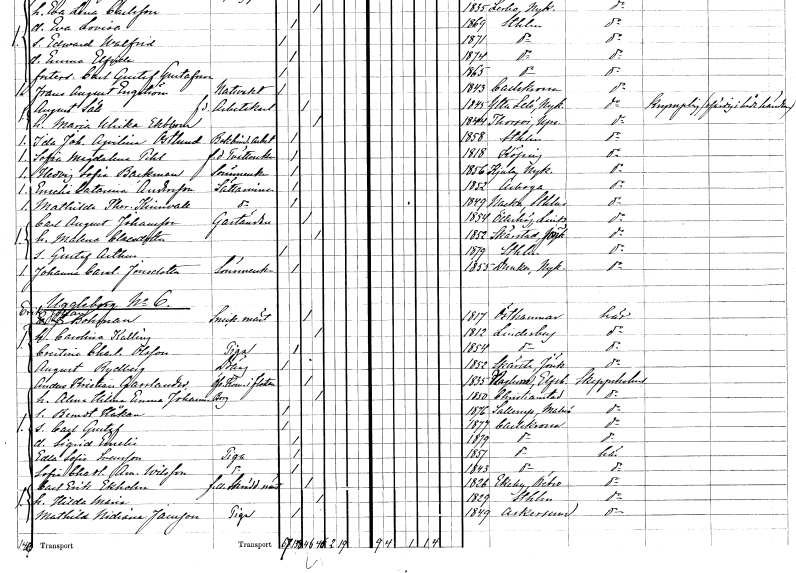
gt_parse: households: individuals: FN: Sofia Magdalena
EN: Pihl
YRKE: Tvätterska f.d.
KON: K
CIV: O
FODAR: 1818
FODFORS: Köping Västmanlands län
FN: Hedvig Sofia
EN: Backman
YRKE: Sömmerska
KON: K
CIV: O
FODAR: 1856
FODFORS: Kjula Södermanlands län
FN: Emelia Catarina
EN: Andersson
YRKE: Sättarinna
KON: K
CIV: O
FODAR: 1852
FODFORS: Arboga Västmanlands län
FN: Mathilda Theresia
EN: Kinnvall
YRKE: Sättarinna
KON: K
CIV: O
FODAR: 1849
FODFORS: Nacka Stockholms län
FN: Carl August
EN: Johansson
YRKE: Gaständare
KON: M
CIV: G
FODAR: 1854
FODFORS: Ödeshög Östergötlands län
FN: Malena
EN: Claesdotter
KON: K
CIV: G
FODAR: 1852
FODFORS: Skärstad Jönköpings län
FN: Gustaf Arthur
KON: M
CIV: O
FODAR: 1879
FODFORS: Stockholm
FN: Johanna Carolina
EN: Jonsdotter
YRKE: Sömmerska
KON: K
CIV: O
FODAR: 1855
FODFORS: Dunker Södermanlands län
FN: Erik Johan
EN: Bohman
YRKE: Snickaremästare
KON: M
CIV: G
FODAR: 1817
FODFORS: Östhammar Uppsala län
FN: Carolina
EN: Kalling
KON: K
CIV: G
FODAR: 1812
FODFORS: Lindesberg Örebro län
FN: Christina Charlotta
EN: Olsson
YRKE: Piga
KON: K
CIV: O
FODAR: 1854
FODFORS: Lindesberg Örebro län
FN: August
EN: Rydberg
YRKE: Dräng
KON: M
CIV: O
FODAR: 1852
FODFORS: Skärstad Jönköpings län
FN: Anders Kristian
EN: Gasslander
YRKE: Överkommendör i flottan
KON: M
CIV: G
FODAR: 1835
FODFORS: Naglum Älvsborgs län
FN: Alma Hilma Emma
EN: Johansson Borg
KON: K
CIV: G
FODAR: 1850
FODFORS: Kristianstad Kristianstads län
FN: Berndt Håkan
KON: M
CIV: O
FODAR: 1876
FODFORS: Västra Sallerup Malmöhus län
FN: Carl Gustaf
KON: M
CIV: O
FODAR: 1877
FODFORS: Karlskrona Blekinge län
FN: Sigrid Emelie
KON: K
CIV: O
FODAR: 1879
FODFORS: Karlskrona Blekinge län
FN: Edla Sofia
EN: Svensson
YRKE: Piga
KON: K
CIV: O
FODAR: 1857
FODFORS: Karlskrona Blekinge län
FN: Sofia Charlotta Amalia
EN: Wilsson
YRKE: Piga
KON: K
CIV: O
FODAR: 1843
FODFORS: Karlskrona Blekinge län
FN: Carl Erik
EN: Ekholm
YRKE: Skräddarmästare f.d.
KON: M
CIV: G
FODAR: 1826
FODFORS: Ekeby Örebro län
FN: Hilda Maria
KON: K
CIV: G
FODAR: 1829
FODFORS: Stockholm
FN: Mathilda Nidiana
EN: Jansson
YRKE: Piga
KON: K
CIV: O
FODAR: 1849
FODFORS: Askersund Örebro län